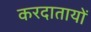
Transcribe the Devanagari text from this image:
करदातायों